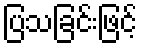
ပြသခြင်းဖြင့်